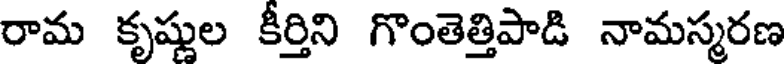
రామ కృష్ణుల కీర్తిని గొంతెత్తిపాడి నామస్మరణ